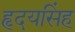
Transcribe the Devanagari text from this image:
हृदयसिंह